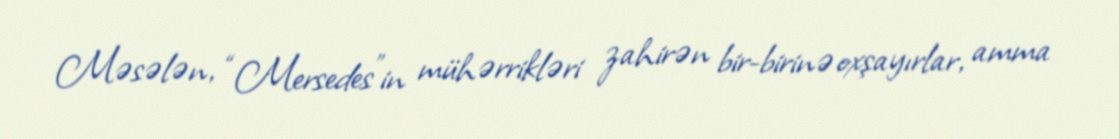
Məsələn, “Mersedes”in mühərrikləri zahirən bir-birinə oxşayırlar, amma